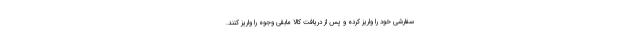
سفارشی خود را واریز کرده و پس از دریافت کالا مابقی وجوه را واریز کنند.